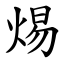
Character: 焬